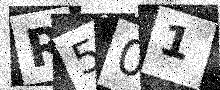
Text: R501